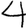
Digit: 4